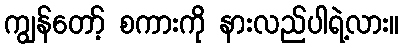
ကျွန်တော့် စကားကို နားလည်ပါရဲ့လား။